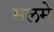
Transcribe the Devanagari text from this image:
मलमे